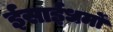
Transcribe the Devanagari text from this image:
ईसाईधर्मों